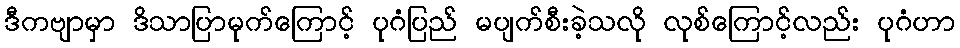
ဒီကဗျာမှာ ဒိသာပြာမုက်ကြောင့် ပုဂံပြည် မပျက်စီးခဲ့သလို လုစ်ကြောင့်လည်း ပုဂံဟာ